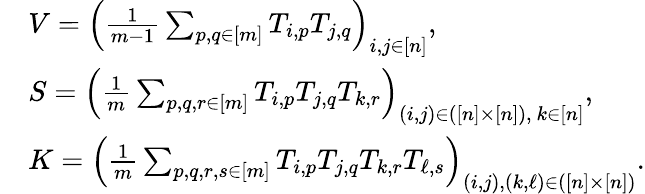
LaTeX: \begin{array}{rl}&{V=\Big(\frac{1}{m-1}\sum_{p,q\in[m]}T_{i,p}T_{j,q}\Big)_{i,j\in[n]},}\\ &{S=\Big(\frac{1}{m}\sum_{p,q,r\in[m]}T_{i,p}T_{j,q}T_{k,r}\Big)_{(i,j)\in([n]\times[n]),~k\in[n]},}\\ &{K=\Big(\frac{1}{m}\sum_{p,q,r,s\in[m]}T_{i,p}T_{j,q}T_{k,r}T_{\ell,s}\Big)_{(i,j),(k,\ell)\in([n]\times[n])}.}\end{array}